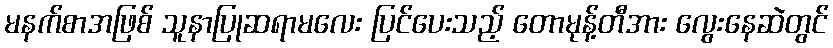
မနက်စာအဖြစ် သူနာပြုဆရာမလေး ပြင်ပေးသည့် တောမုန့်တီအား လွေးနေဆဲတွင်